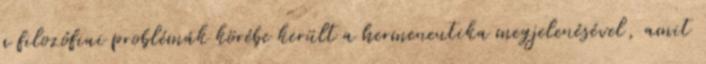
a filozófiai problémák körébe került a hermeneutika megjelenésével, amit